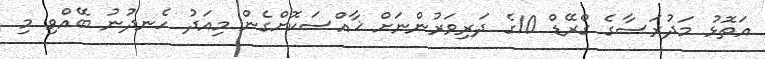
އަތޮޅު މަދުރަސާގެ ގްރޭޑް 10ގެ ދަރިވަރުންނަށް ޚާއްސަކޮށްގެން މިއަދު ހެނދުނު ބޭއްވި މި